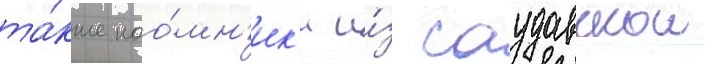
та́кже нао́мн'ик'и и́з саудовскои